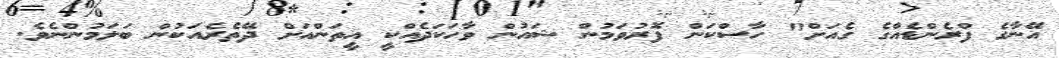
އޭނާގެ ފްރެންޑެއްގެ ގެއަށް" ހާސްކަން ފޮރުވަމުން ޝައުން ވާހަކަދެއްކީ އީތަންއަށް ދޭތެރެއަކުން ބަލަމުންނެވެ.